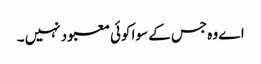
اے وہ جس کے سوا کوئی معبود نہیں ۔